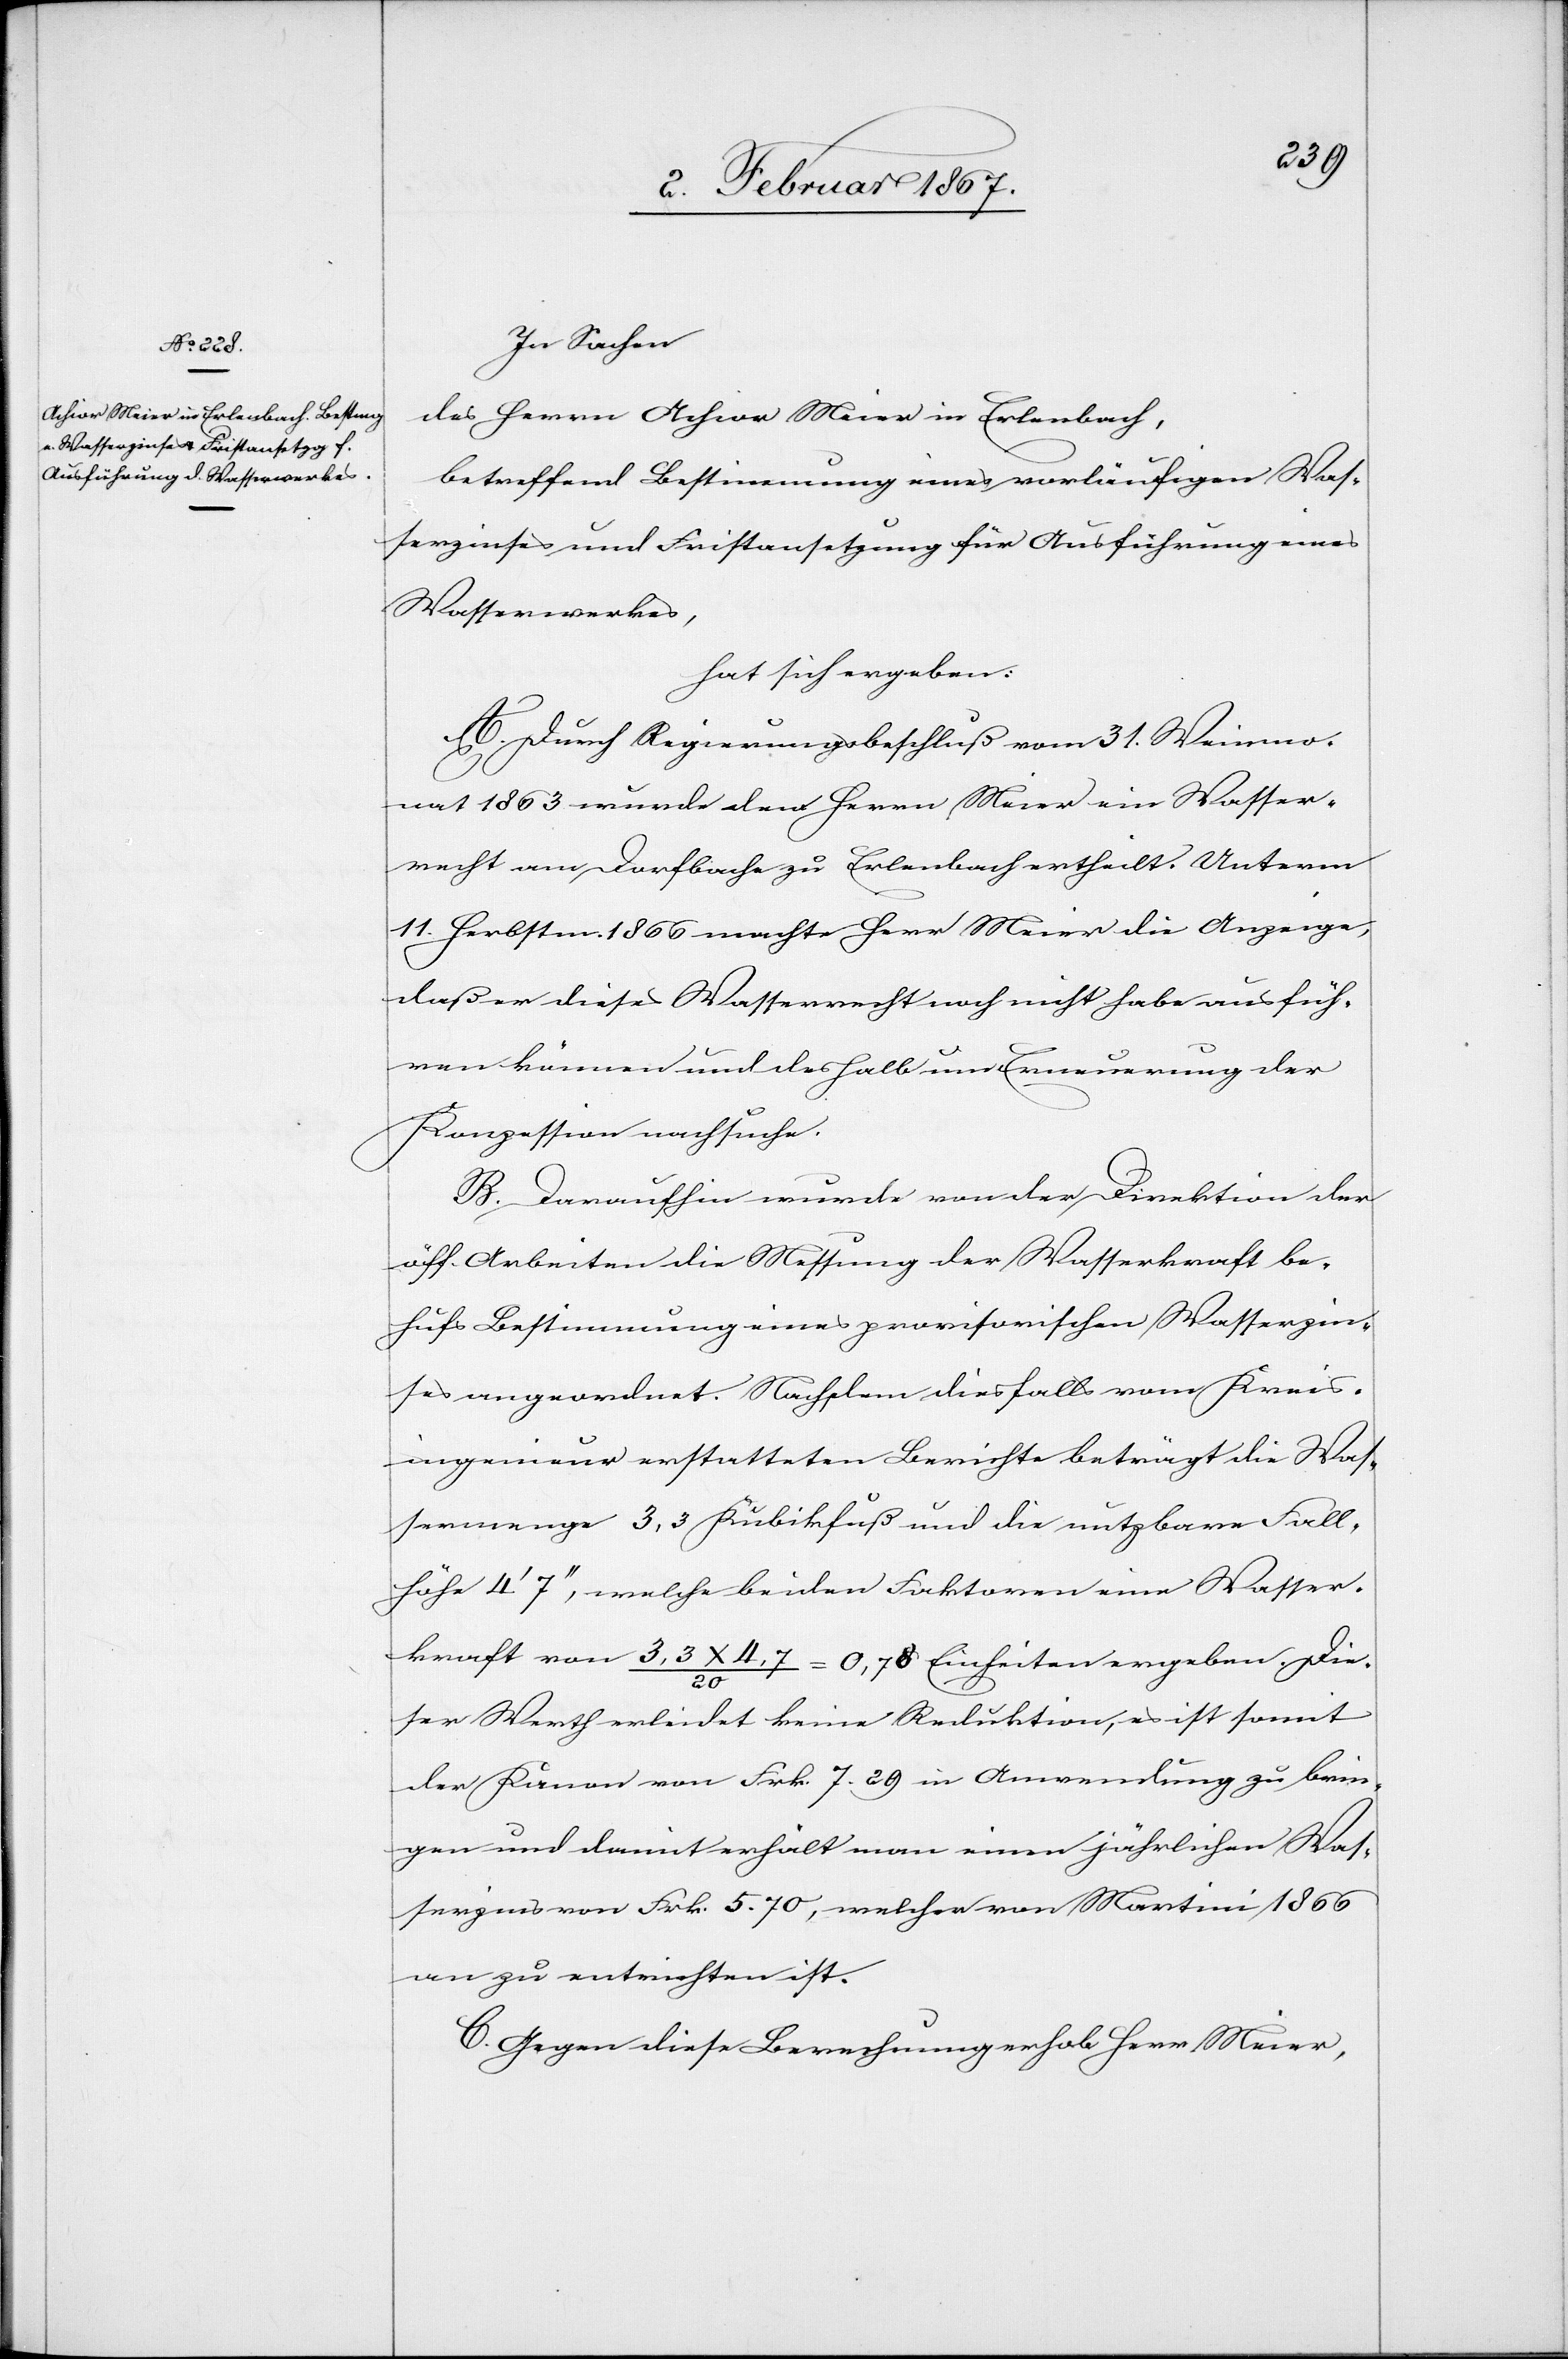
In Sachen
des Herrn Achior Meier in Erlenbach,
betreffend Bestimmung eines vorläufigen Was¬
serzinses und Fristensetzung für Ausführung eines
Wasserwerkes,
hat sich ergeben:
A. Durch Regierungsbeschluß vom 31. Weinmo¬
nat 1863 wurde dem Herrn Meier ein Wasser¬
recht am Dorfbache zu Erlenbach ertheilt. Unterm
11. Herbstm. 1866 machte Herr Meier die Anzeige,
daß er dieses Wasserrecht noch nicht habe ausfüh¬
ren können und deshalb um Erneuerung der
Konzession nachsuche.
B. Daraufhin wurde von der Direktion der
öff. Arbeiten die Messung der Wasserkraft be¬
hufs Bestimmung eines provisorischen Wasserzin¬
ses angeordnet. Nachdem diesfalls vom Kreis¬
ingenieur erstatteten Berichte beträgt die Was¬
sermenge 3,3 Kubikfuß und die nutzbare Fall¬
höhe 4’ 7’’, welche beiden Faktoren eine Wasser¬
kraft von 3,3x4,7/20 = 0.78 Einheiten ergeben. Die¬
ser Werth erleidet keine Reduktion, es ist somit
der Kanon von Frk. 7. 29 in Anwendung zu brin¬
gen und damit erhält man einen jährlichen Was¬
serzins von Frk. 5. 70, welcher von Martini 1866
an zu entrichten ist.
C. Gegen diese Berechnung erhob Herr Meier